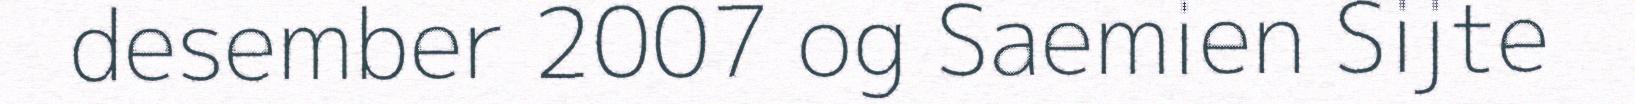
desember 2007 og Saemien Sijte